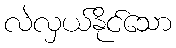
လဲလှယ်နိုင်သော